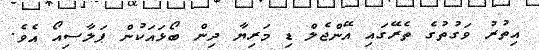
އިތުރު ވަގުތުގެ ތެރޭގައި އޭންޖެލް ޑި މަރިޔާ ދިން ބޯޅައަކުން ޕަލާސިއޯ އެވެ.